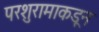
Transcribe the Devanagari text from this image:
परशुरामाकडून